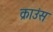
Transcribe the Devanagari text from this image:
क्राउंस